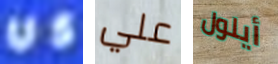
US علي أيلول